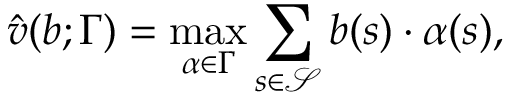
\hat { v } ( b ; \Gamma ) = \operatorname* { m a x } _ { \alpha \in \Gamma } \sum _ { s \in \mathcal { S } } b ( s ) \cdot \alpha ( s ) ,